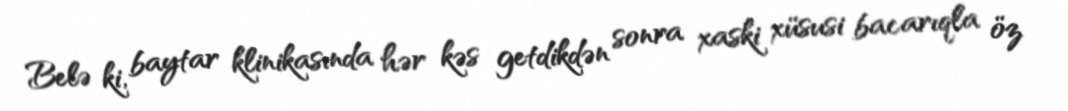
Belə ki, baytar klinikasında hər kəs getdikdən sonra xaski xüsusi bacarıqla öz